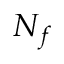
N _ { f }